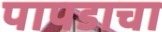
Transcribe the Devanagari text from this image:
पापडाचा